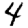
Digit: 4